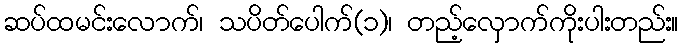
ဆပ်ထမင်းလောက်၊ သပိတ်ပေါက်(၁)၊ တည့်လှောက်ကိုးပါးတည်း။